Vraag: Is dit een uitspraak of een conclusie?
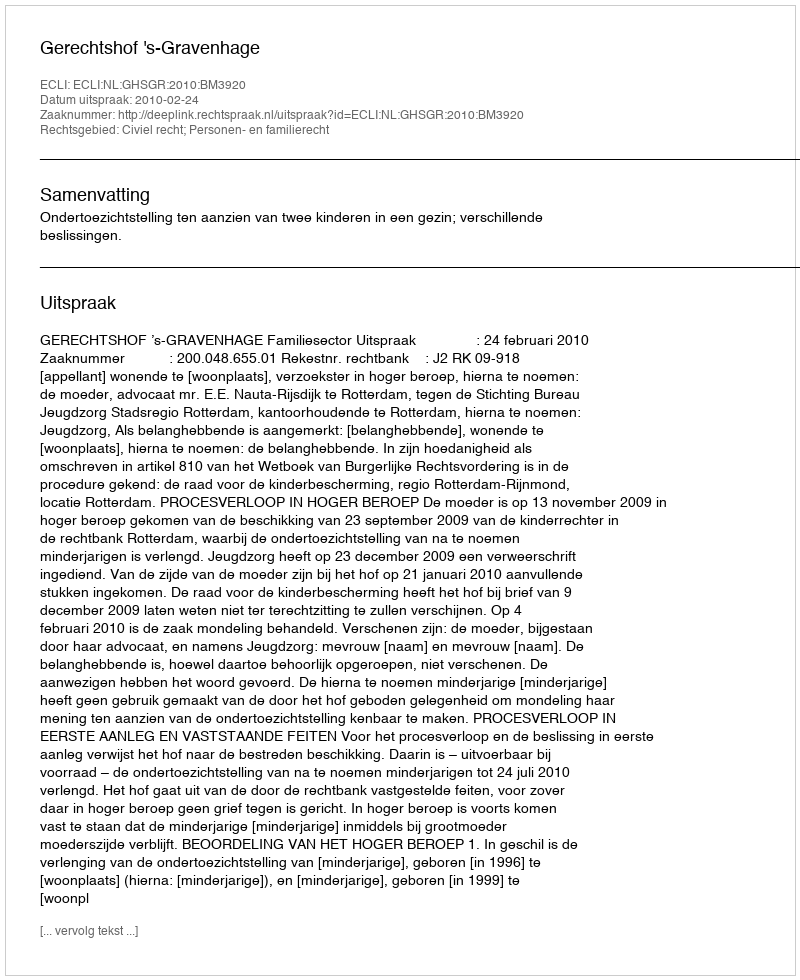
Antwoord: Uitspraak